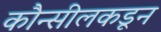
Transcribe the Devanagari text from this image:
कौन्सीलकडून